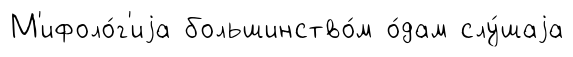
М'ифоло́г'иjа большинство́м о́дам слу́шаjа